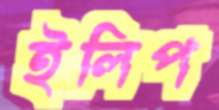
ইলিপ